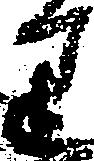
り